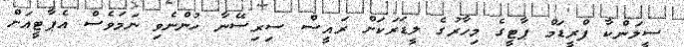
ސީލަންކާ ފްރީޑަމް ޕާޓީގެ މިހާރުގެ ލީޑަރަކަށް ރައީސް ސިރިސޭނާ ހުންނެވި ނަމަވެސް އެޕާޓީއަށް